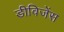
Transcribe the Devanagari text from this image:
डीविजेंस